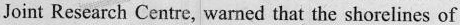
Joint Research Centre, warned that the shorelines of